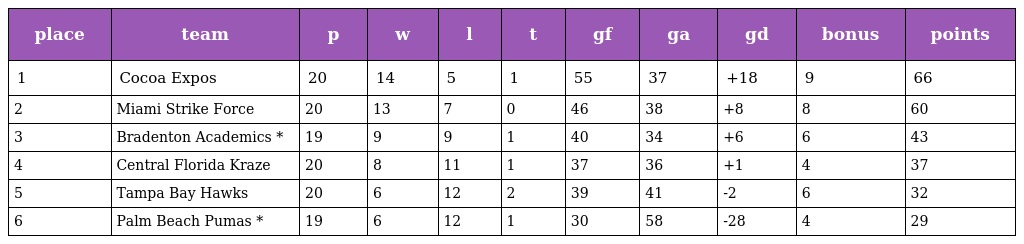
| place | team | p | w | l | t | gf | ga | gd | bonus | points |
 | --- | --- | --- | --- | --- | --- | --- | --- | --- | --- | --- |
 | 1 | Cocoa Expos | 20 | 14 | 5 | 1 | 55 | 37 | +18 | 9 | 66 |
 | 2 | Miami Strike Force | 20 | 13 | 7 | 0 | 46 | 38 | +8 | 8 | 60 |
 | 3 | Bradenton Academics * | 19 | 9 | 9 | 1 | 40 | 34 | +6 | 6 | 43 |
 | 4 | Central Florida Kraze | 20 | 8 | 11 | 1 | 37 | 36 | +1 | 4 | 37 |
 | 5 | Tampa Bay Hawks | 20 | 6 | 12 | 2 | 39 | 41 | -2 | 6 | 32 |
 | 6 | Palm Beach Pumas * | 19 | 6 | 12 | 1 | 30 | 58 | -28 | 4 | 29 |